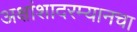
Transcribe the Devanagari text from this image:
अक्षांशादरम्यानचा